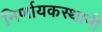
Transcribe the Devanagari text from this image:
निर्णायकस्थानी